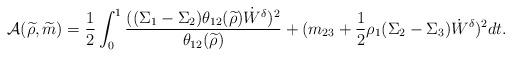
LaTeX: \begin{align*}\mathcal A(\widetilde \rho,\widetilde m)=\frac 12\int_0^1\frac {((\Sigma_1-\Sigma_2)\theta_{12}(\widetilde \rho)\dot W^{\delta})^2}{\theta_{12}(\widetilde \rho)}+(m_{23}+\frac 12\rho_1(\Sigma_2-\Sigma_3)\dot W^{\delta})^2 dt.\end{align*}